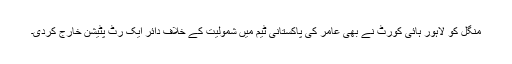
منگل کو لاہور ہائی کورٹ نے بھی عامر کی پاکستانی ٹیم میں شمولیت کے خلاف دائر ایک رٹ پٹیشن خارج کردی۔